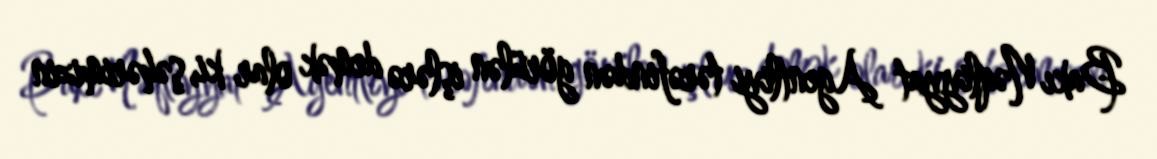
Bakı Nəqliyyat Agentliyi tərəfindən görülən işlərə demək olar ki, şəhərimizin